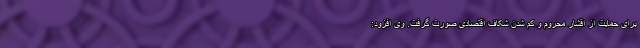
برای حمایت از اقشار محروم و کم شدن شکاف اقتصادی صورت گرفت. وی افزود: